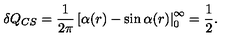
\delta Q _ { C S } = \frac { 1 } { 2 \pi } \left[ \alpha ( r ) - \sin \alpha ( r ) \right| _ { 0 } ^ { \infty } = \frac { 1 } { 2 } .